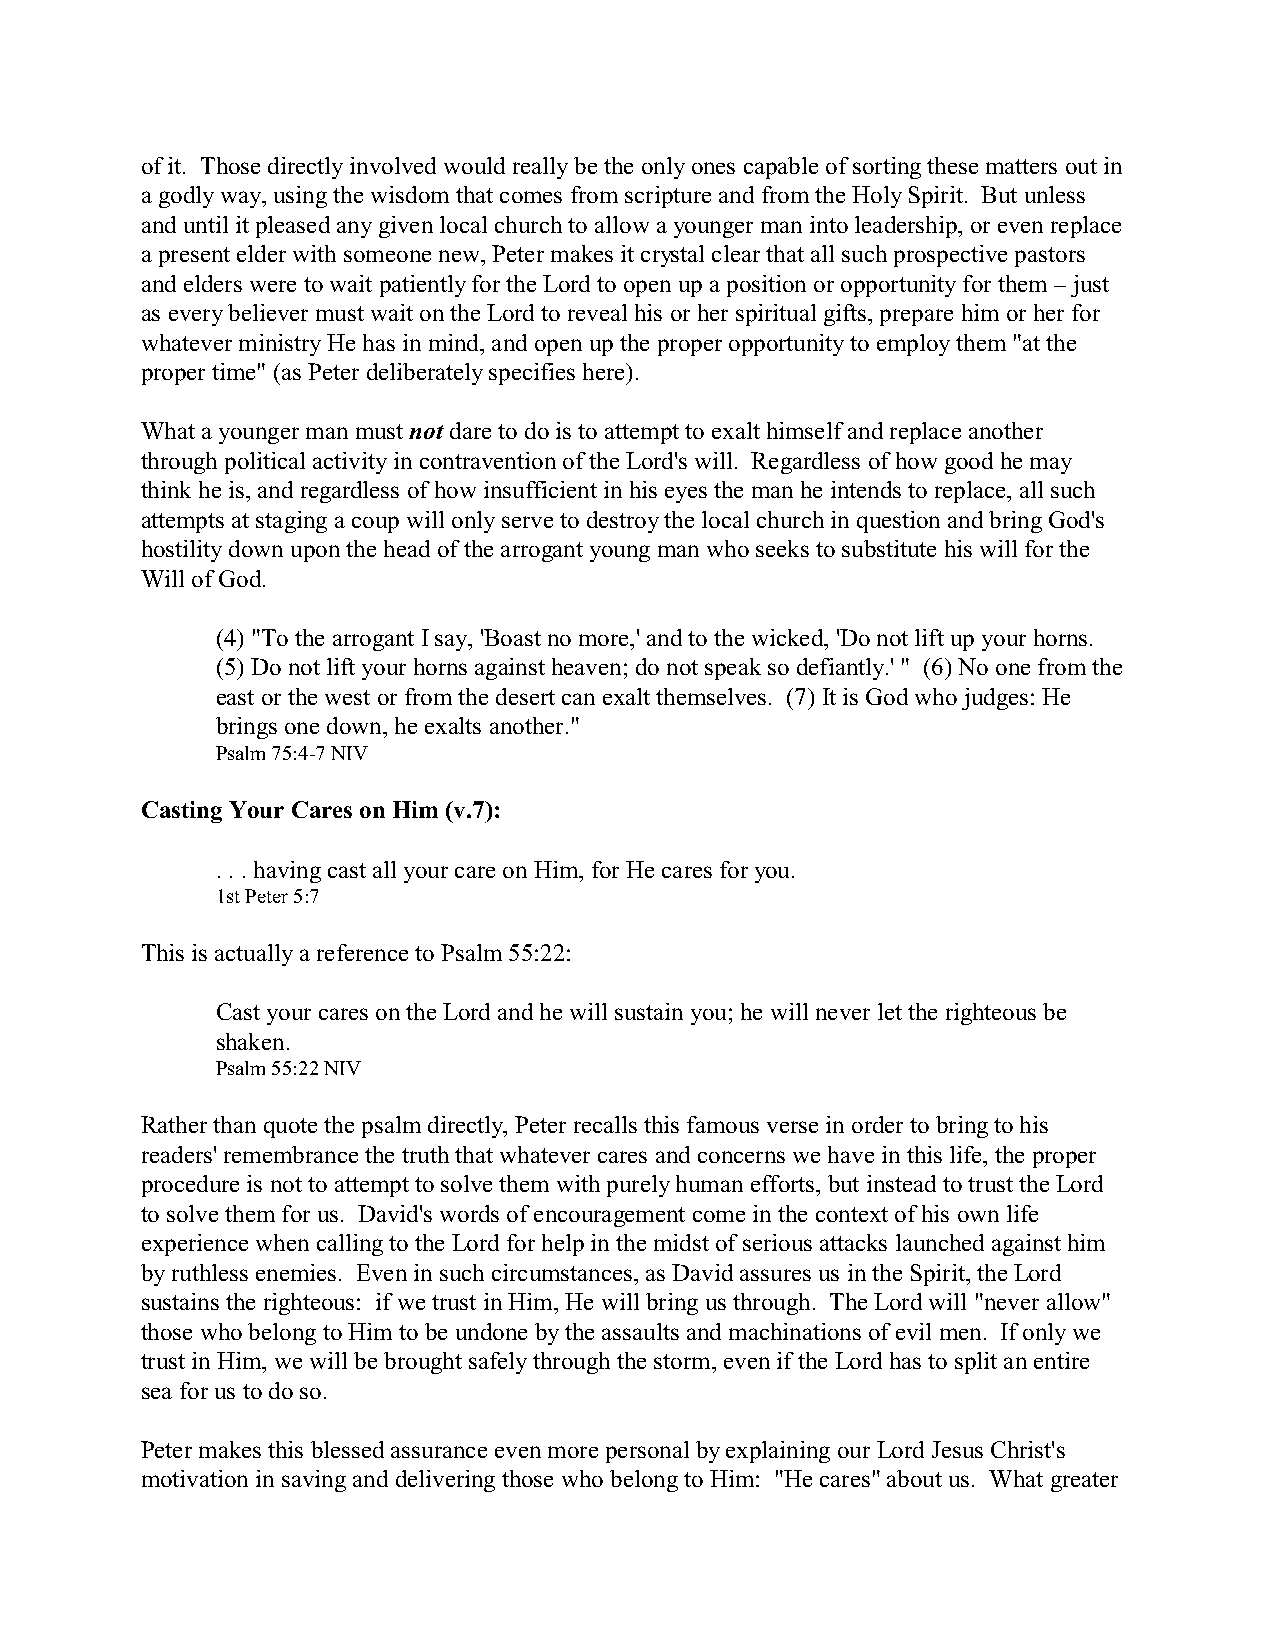
of it. Those directly involved would really be the only ones capable of sorting these matters out in
 a godly way, using the wisdom that comes from scripture and from the Holy Spirit. But unless
 and until it pleased any given local church to allow a younger man into leadership, or even replace
 a present elder with someone new, Peter makes it crystal clear that all such prospective pastors
 and elders were to wait patiently for the Lord to open up a position or opportunity for them – just
 as every believer must wait on the Lord to reveal his or her spiritual gifts, prepare him or her for
 whatever ministry He has in mind, and open up the proper opportunity to employ them "at the
 proper time" (as Peter deliberately specifies here).
 What a younger man must not dare to do is to attempt to exalt himself and replace another
 through political activity in contravention of the Lord's will. Regardless of how good he may
 think he is, and regardless of how insufficient in his eyes the man he intends to replace, all such
 attempts at staging a coup will only serve to destroy the local church in question and bring God's
 hostility down upon the head of the arrogant young man who seeks to substitute his will for the
 Will of God.
 (4) "To the arrogant I say, 'Boast no more,' and to the wicked, 'Do not lift up your horns.
 (5) Do not lift your horns against heaven; do not speak so defiantly.' " (6) No one from the
 east or the west or from the desert can exalt themselves. (7) It is God who judges: He
 brings one down, he exalts another."
 Psalm 75:4-7 NIV
 Casting Your Cares on Him (v.7):
 . . . having cast all your care on Him, for He cares for you.
 1st Peter 5:7
 This is actually a reference to Psalm 55:22:
 Cast your cares on the Lord and he will sustain you; he will never let the righteous be
 shaken.
 Psalm 55:22 NIV
 Rather than quote the psalm directly, Peter recalls this famous verse in order to bring to his
 readers' remembrance the truth that whatever cares and concerns we have in this life, the proper
 procedure is not to attempt to solve them with purely human efforts, but instead to trust the Lord
 to solve them for us. David's words of encouragement come in the context of his own life
 experience when calling to the Lord for help in the midst of serious attacks launched against him
 by ruthless enemies. Even in such circumstances, as David assures us in the Spirit, the Lord
 sustains the righteous: if we trust in Him, He will bring us through. The Lord will "never allow"
 those who belong to Him to be undone by the assaults and machinations of evil men. If only we
 trust in Him, we will be brought safely through the storm, even if the Lord has to split an entire
 sea for us to do so.
 Peter makes this blessed assurance even more personal by explaining our Lord Jesus Christ's
 motivation in saving and delivering those who belong to Him: "He cares" about us. What greater